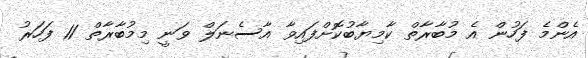
އެންމެ ފަހުން އެ މުބާރާތް ކާމިޔާބުކޮށްފައިވާ އާސެނަލް ވަނީ މިމުބާރާތް 11 ފަހަރު